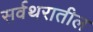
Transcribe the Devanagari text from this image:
सर्वथरातील